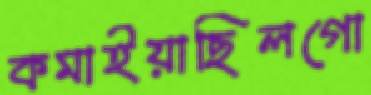
কমাইয়াছিলগো